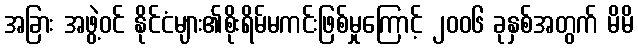
အခြား အဖွဲ့ဝင် နိုင်ငံများ၏စိုးရိမ်မကင်းဖြစ်မှုကြောင့် ၂၀၀၆ ခုနှစ်အတွက် မိမိ